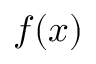
f ( x )